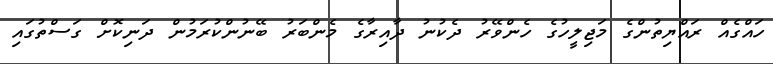
ހައްގެއް ރައްޔިތުންގެ މަޖިލީހުގެ ހެންވޭރު ދެކުނު ދާއިރާގެ މެންބަރު ބޭނުންކުރަމުން ދަނިކޮށް ގަސްތުގައި